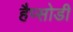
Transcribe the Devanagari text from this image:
हैप्सोडी